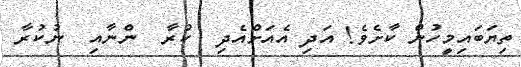
ތިޔަބައިމީހުން ކާށެވެ! އަދި އެއަށްއެދި  ކުރާ  ންނާއި  ނުކުރާ